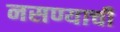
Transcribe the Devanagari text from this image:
नसण्याची